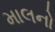
માલનો